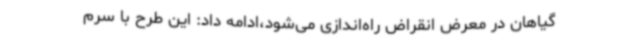
گیاهان در معرض انقراض راه‌اندازی می‌شود،ادامه داد: این طرح با سرم